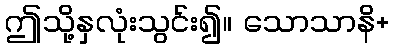
ဤသို့နှလုံးသွင်း၍။ သောသာနိ+